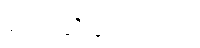
ပြောဆိုခဲ့ကြောင်း